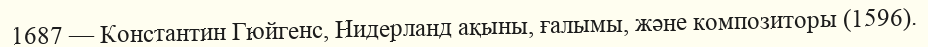
1687 — Константин Гюйгенс, Нидерланд ақыны, ғалымы, және композиторы (1596).